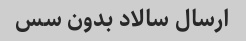
ارسال سالاد بدون سس